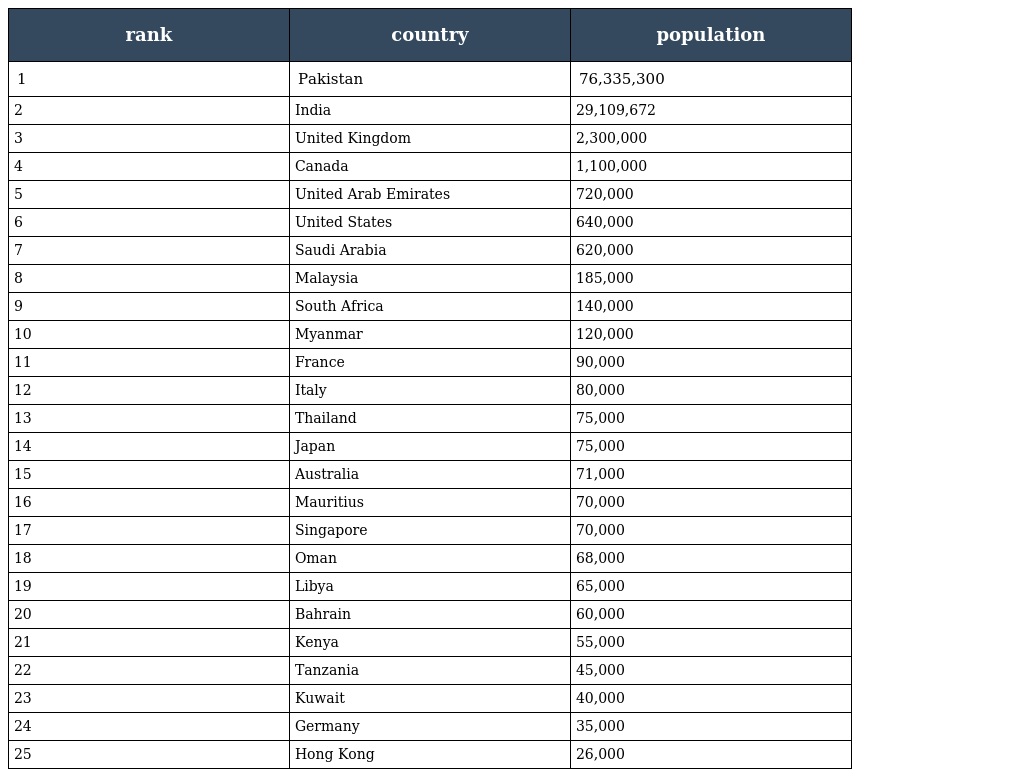
| rank | country | population |
 | --- | --- | --- |
 | 1 | Pakistan | 76,335,300 |
 | 2 | India | 29,109,672 |
 | 3 | United Kingdom | 2,300,000 |
 | 4 | Canada | 1,100,000 |
 | 5 | United Arab Emirates | 720,000 |
 | 6 | United States | 640,000 |
 | 7 | Saudi Arabia | 620,000 |
 | 8 | Malaysia | 185,000 |
 | 9 | South Africa | 140,000 |
 | 10 | Myanmar | 120,000 |
 | 11 | France | 90,000 |
 | 12 | Italy | 80,000 |
 | 13 | Thailand | 75,000 |
 | 14 | Japan | 75,000 |
 | 15 | Australia | 71,000 |
 | 16 | Mauritius | 70,000 |
 | 17 | Singapore | 70,000 |
 | 18 | Oman | 68,000 |
 | 19 | Libya | 65,000 |
 | 20 | Bahrain | 60,000 |
 | 21 | Kenya | 55,000 |
 | 22 | Tanzania | 45,000 |
 | 23 | Kuwait | 40,000 |
 | 24 | Germany | 35,000 |
 | 25 | Hong Kong | 26,000 |